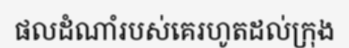
ផលដំណាំរបស់គេរហូតដល់ក្រុង